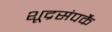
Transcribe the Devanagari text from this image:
शूद्रसंपर्कै